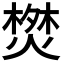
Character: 𭫬